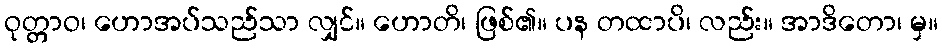
ဝုတ္တာဝ၊ ဟောအပ်သည်သာ လျှင်။ ဟောတိ၊ ဖြစ်၏။ ပန တထာပိ၊ လည်း။ အာဒိတော၊ မှ။